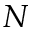
N